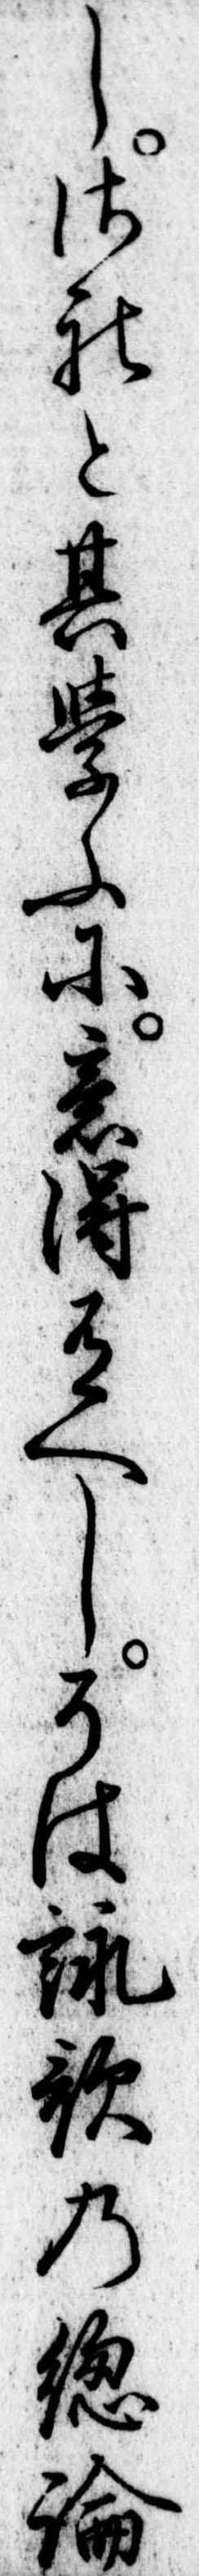
しされと其学ふに意得有へしそは詠歌の総論